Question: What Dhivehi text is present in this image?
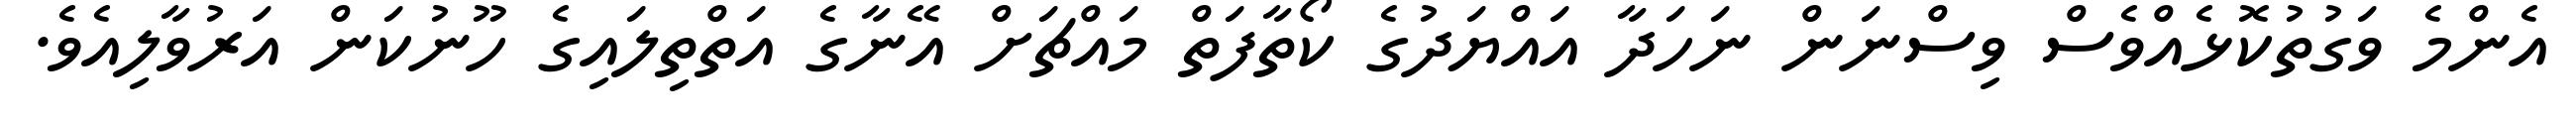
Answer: އެންމެ ވަގުތުކޮޅެއްވެސް ވިސްނަން ނަހަދާ އައްޔަދުގެ ކޯތާފަތް މައްޗަށް އޭނާގެ އަތްތިލައިގެ ހޫނުކަން އަރުވާލިއެވެ.